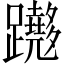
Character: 𨇵